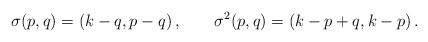
\begin{align*}\sigma(p,q) = (k-q,p-q)\,,\qquad \sigma^2 (p,q) =(k-p+q,k-p) \,.\end{align*}